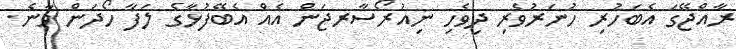
ރާއްޖޭގަ އެބަހުރި ހުނަރުވެރި ދިވެހި ނިއުރޯސާރޖަން އެއް އެބޭފުޅާގެ ލަފާ ހޯދަން ވާނެ.